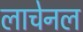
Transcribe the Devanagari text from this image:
लाचेनल